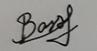
Signature authenticity: genuine